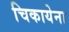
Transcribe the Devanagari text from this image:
चिकायेना